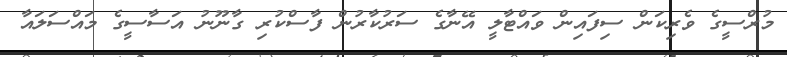
މުރްސީގެ ވެރިކަން ސިފައިން ވައްޓާލީ އޭނާގެ ސަރުކާރުން ފާސްކުރި ގާނޫނު އަސާސީގެ މައްސަލައާ